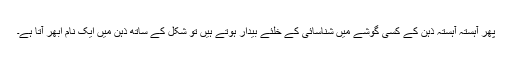
پھر آہستہ آہستہ ذہن کے کسی گوشے میں شناسائی کے خلئے بیدار ہوتے ہیں تو شکل کے ساتھ ذہن میں ایک نام ابھر آتا ہے۔